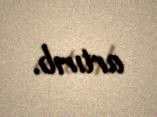
artırıb.